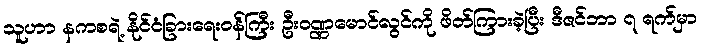
သူဟာ နကစရဲ့ နိုင်ငံခြားရေး၀န်ကြီး ဦး၀ဏ္ဏမောင်လွင်ကို ဖိတ်ကြားခဲ့ပြီး ဒီဇင်ဘာ ၇ ရက်မှာ